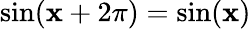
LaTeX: \sin(\mathbf{x}+2\pi)=\sin(\mathbf{x})